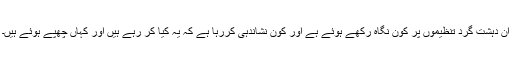
ان دہشت گرد تنظیموں پر کون نگاہ رکھے ہوئے ہے اور کون نشاندہی کررہا ہے کہ یہ کیا کر رہے ہیں اور کہاں چھپے ہوئے ہیں۔